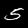
Digit: 5